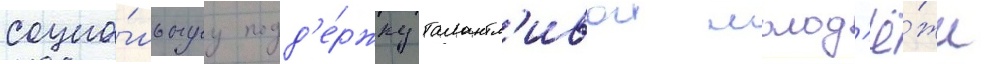
социа́льнуу подд'е́ржку талантл'ивои молод'ё́жи